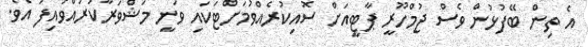
އެ ތިން ބޭފުޅުން ވެސް ޖުމްހޫރީ ޕާޓީއަށް ސޮއިކުރެއްވުމަށްޓަކައި ވަނީ މަޝްވަރާކުރައްވައިފަ އެވެ.